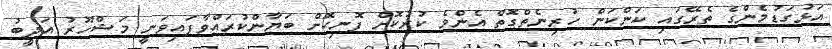
އަޅުގަޑުމެންގެ ތެރޭގައި ކަންކަން ހުރިނެތްގޮތް އެންމެ ކުރުކޮށް ފޮނިކޮށް ބަޔާންކުރައްވާފައިވަނީ މަޝްހޫރު އަދީބު